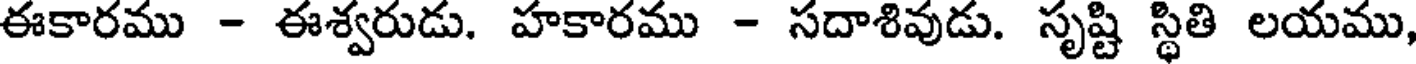
ఈకారము - ఈశ్వరుడు. హకారము - సదాశివుడు. సృష్టి స్థితి లయము,